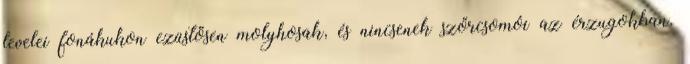
levelei fonákukon ezüstösen molyhosak, és nincsenek szőrcsomói az érzugokban.